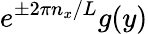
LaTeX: e^{\pm 2\pi n_{x}/L}g(y)